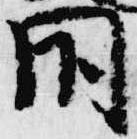
閇